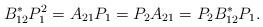
LaTeX: \begin{align*} B_{12}^*P_1^2 = A_{21}P_1 = P_2A_{21} = P_2B_{12}^*P_1. \end{align*}